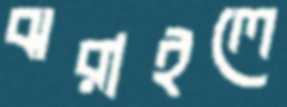
ঝরাইলে